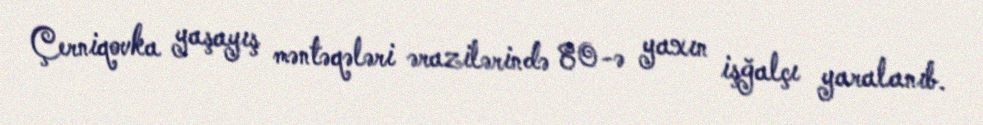
Çerniqovka yaşayış məntəqələri ərazilərində 80-ə yaxın işğalçı yaralanıb.